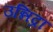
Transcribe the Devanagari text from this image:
उन्निद्रा